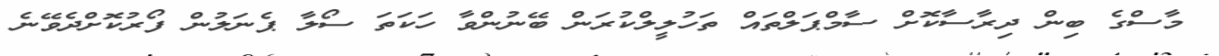
މާސްގެ ބިން ދިރާސާކޮށް ސާމްޕަލްތައް ތަހުލީލްކުރަން ބޭނުންވާ ހަކަތަ ސޯލާ ޕެނަލުން ފޯރުކޮށްދެވޭނެ